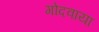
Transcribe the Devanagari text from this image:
गोदवाया